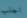
اجلب